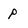
Character: p